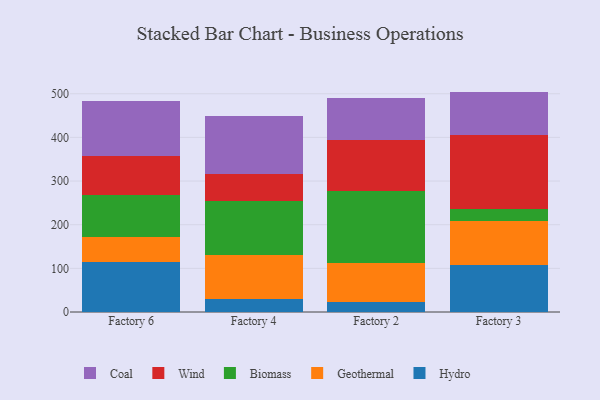
{"axis": {"x": "Factory", "y": "Churn Rate (%)"}, "legend": ["Biomass", "Coal", "Geothermal", "Hydro", "Wind"], "data": [{"x": "Factory 6", "y": 113.9, "type": "Hydro"}, {"x": "Factory 6", "y": 58.0, "type": "Geothermal"}, {"x": "Factory 6", "y": 96.4, "type": "Biomass"}, {"x": "Factory 6", "y": 88.5, "type": "Wind"}, {"x": "Factory 6", "y": 125.7, "type": "Coal"}, {"x": "Factory 4", "y": 30.1, "type": "Hydro"}, {"x": "Factory 4", "y": 100.0, "type": "Geothermal"}, {"x": "Factory 4", "y": 123.1, "type": "Biomass"}, {"x": "Factory 4", "y": 62.2, "type": "Wind"}, {"x": "Factory 4", "y": 133.3, "type": "Coal"}, {"x": "Factory 2", "y": 22.1, "type": "Hydro"}, {"x": "Factory 2", "y": 89.4, "type": "Geothermal"}, {"x": "Factory 2", "y": 166.4, "type": "Biomass"}, {"x": "Factory 2", "y": 116.2, "type": "Wind"}, {"x": "Factory 2", "y": 96.9, "type": "Coal"}, {"x": "Factory 3", "y": 108.2, "type": "Hydro"}, {"x": "Factory 3", "y": 100.7, "type": "Geothermal"}, {"x": "Factory 3", "y": 26.4, "type": "Biomass"}, {"x": "Factory 3", "y": 171.1, "type": "Wind"}, {"x": "Factory 3", "y": 98.5, "type": "Coal"}]}